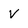
Character: v